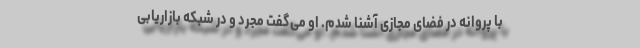
با پروانه در فضای مجازی آشنا شدم. او می‌گفت مجرد و در شبکه بازاریابی